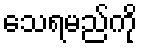
သေရမည်ကို